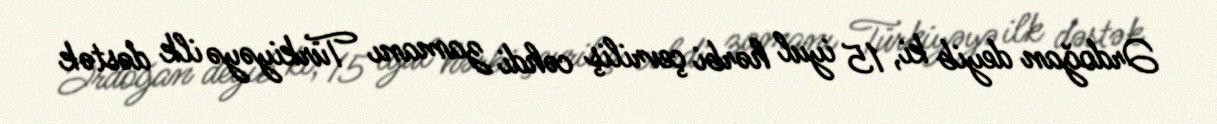
Ərdoğan deyib ki, 15 iyul hərbi çevriliş cəhdi zamanı Türkiyəyə ilk dəstək